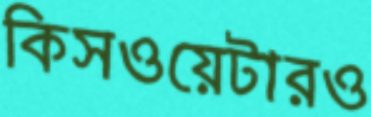
কিসওয়েটারও